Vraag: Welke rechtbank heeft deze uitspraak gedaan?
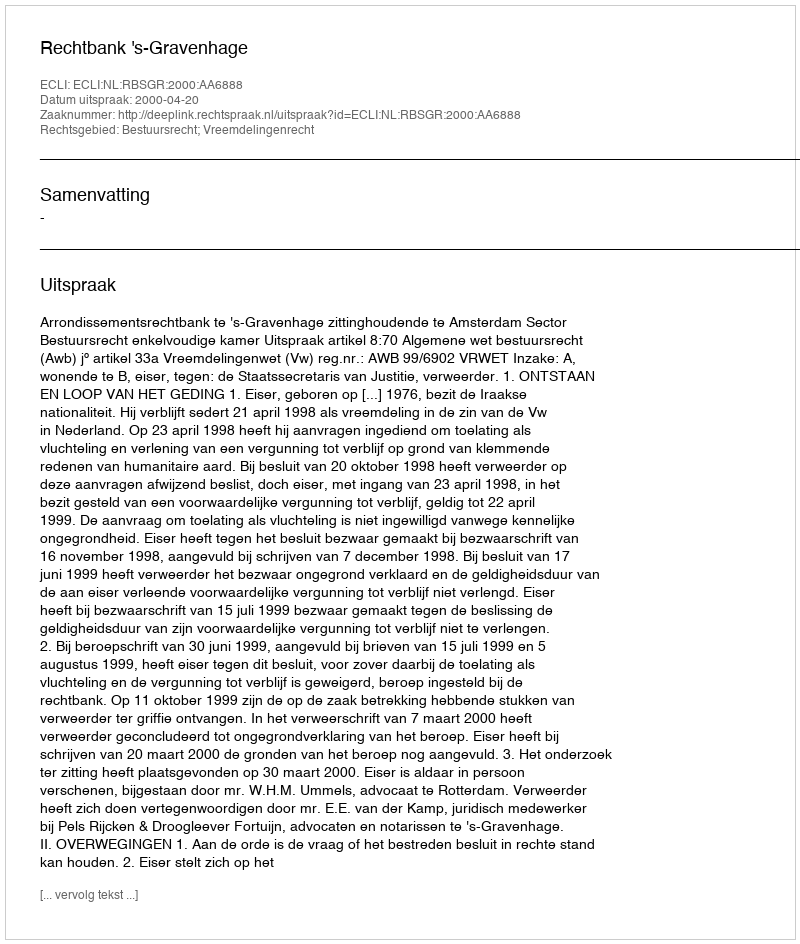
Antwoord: Rechtbank 's-Gravenhage